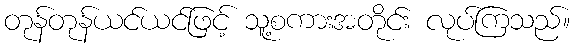
တုန်တုန်ယင်ယင်ဖြင့် သူ့စကားအတိုင်း လုပ်ကြသည်။